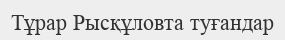
Тұрар Рысқұловта туғандар